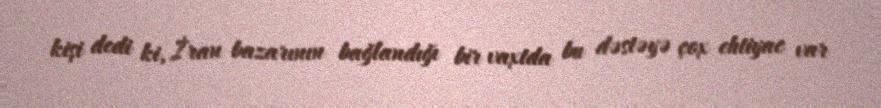
kişi dedi ki, İran bazarının bağlandığı bir vaxtda bu dəstəyə çox ehtiyac var